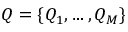
Q = \{ Q _ { 1 } , \dots , Q _ { M } \}